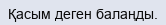
Қасым деген балаңды.